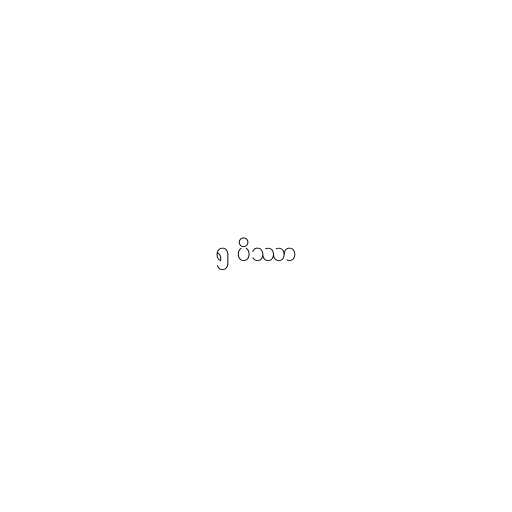
၅ ပိဿာ